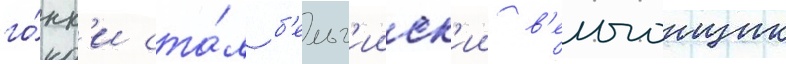
го́нк'и ста́л б'ельг'ииск'ии в'елогонщик